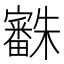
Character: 𣠒